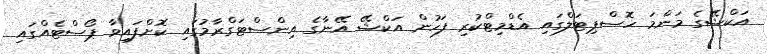
އަކްޝޭގެ މަންމަ ހޮސްޕިޓަލްގައި އެޑްމިޓްކުރި ފަހުން އަކްޝޭ އޭނާގެ އިންސްޓަގްރާމުގައި ކޮށްފައިވާ ޕޯސްޓެއްގައި